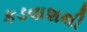
કડવાશથી